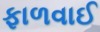
ફાળવાઈ